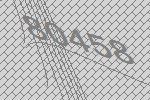
80458